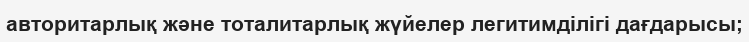
авторитарлық және тоталитарлық жүйелер легитимділігі дағдарысы;